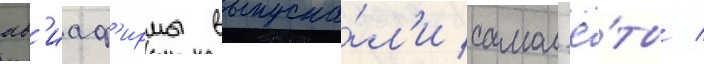
ав'иаф'ирмы выпуска́л'и самол'ё́ты /